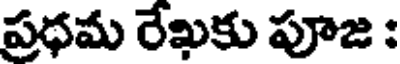
ప్రధమ రేఖకు పూజ :